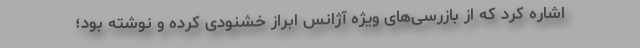
اشاره کرد که از بازرسی‌های ویژه آژانس ابراز خشنودی کرده و نوشته بود؛